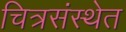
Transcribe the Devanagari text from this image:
चित्रसंस्थेत